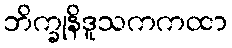
ဘိက္ခုနိဒူသကကထာ